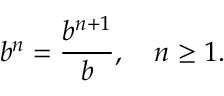
b ^ { n } = { \frac { b ^ { n + 1 } } { b } } , \quad n \geq 1 .